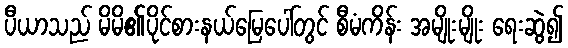
ပီယာသည် မိမိ၏ပိုင်စားနယ်မြေပေါ်တွင် စီမံကိန်း အမျိုးမျိုး ရေးဆွဲ၍